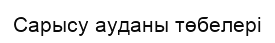
Сарысу ауданы төбелері